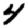
Digit: 4